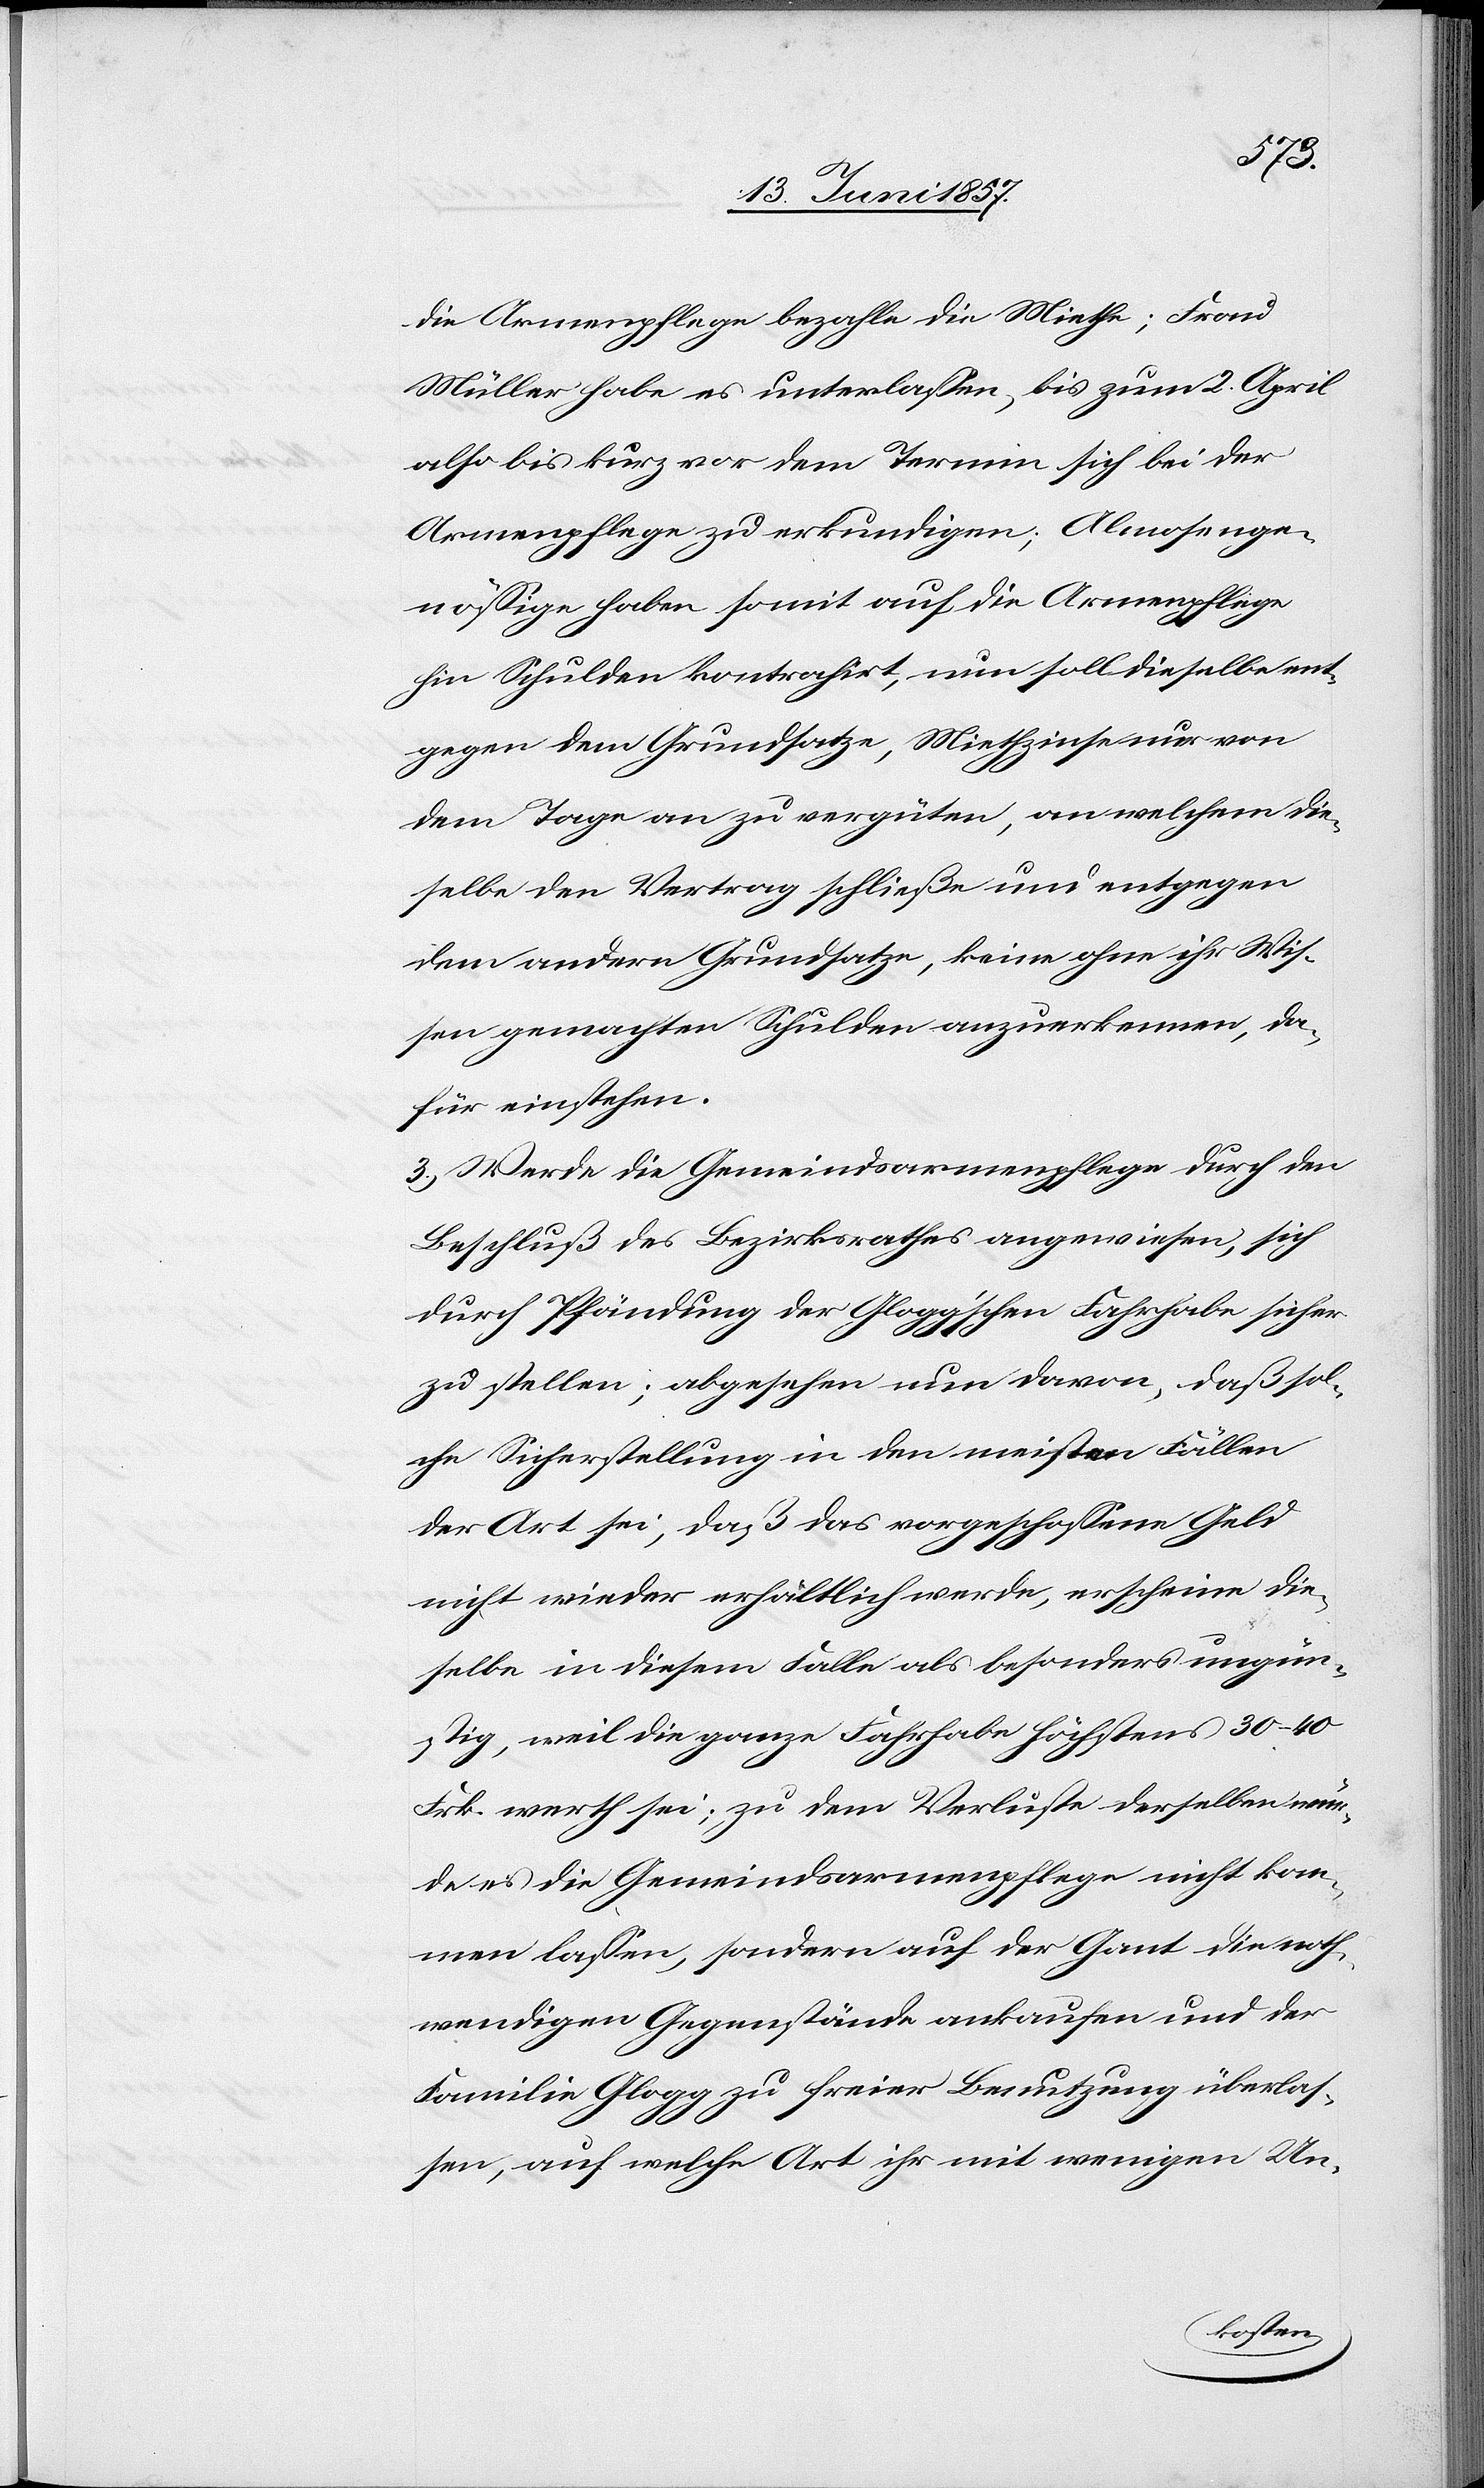
die Armenpflege bezahle die Miethe; Frau
Müller habe es unterlassen, bis zum 2 April
also bis kurz vor dem Termin sich bei der
Armenpflege zu erkundigen; Almosenge¬
nößige haben somit auf die Armenpflege
hin Schulden kontrahirt, nun soll dieselbe ent¬
gegen dem Grundsatze, Miethzinse nur von
dem Tage an zu vergüten, an welchem die¬
selbe den Vertrag schließe und entgegen
dem andern Grundsatze, keine ohne ihr Wis¬
sen gemachten Schulden anzuerkennen, da¬
für einstehen.
3.) Werde die Gemeindsarmenpflege durch den
Beschluß des Bezirksrathes angewiesen, sich
durch Pfändung der Glogg’schen Fahrhabe sicher
zu stellen; abgesehen nun davon, daß sol¬
che Sicherstellung in den meisten Fällen
der Art sei, daß das vorgeschossene Geld
nicht wieder erhältlich werde, erscheine die¬
selbe in diesem Falle als besonders ungün¬
stig, weil die ganze Fahrhabe höchstens 30–40
Frk. werth sei; zu dem Verluste desselben wür¬
de es die Gemeindsarmenpflege nicht kom¬
men lassen, sondern auf der Gant die noth¬
wendigen Gegenstände ankaufen und der
Familie Glogg zu freier Benutzung überlas¬
sen, auf welche Art ihr mit wenigen Un-